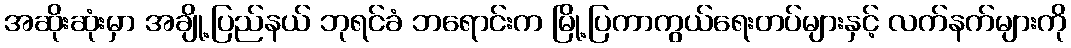
အဆိုးဆုံးမှာ အချို့ပြည်နယ် ဘုရင်ခံ ဘရောင်းက မြို့ပြကာကွယ်ရေးတပ်များနှင့် လက်နက်များကို